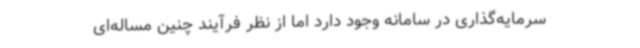
سرمایه‌گذاری در سامانه وجود دارد اما از نظر فرآیند چنین مساله‌ای